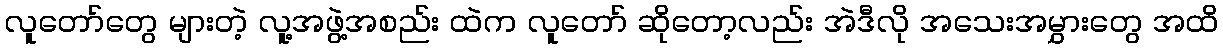
လူတော်တွေ များတဲ့ လူ့အဖွဲ့အစည်း ထဲက လူတော် ဆိုတော့လည်း အဲဒီလို အသေးအမွှားတွေ အထိ